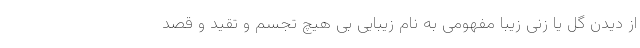
از دیدن گل یا زنی زیبا مفهومی به نام زیبایی بی هیچ تجسم و تقید و قصد